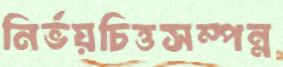
নির্ভয়চিত্তসম্পন্ন